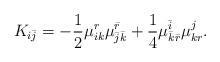
LaTeX: \begin{align*}K_{i\bar j}=-\frac12\mu_{ik}^r\mu_{\bar j\bar k}^{\bar r} +\frac14\mu_{\bar k\bar r}^{\bar i} \mu_{kr }^j.\end{align*}